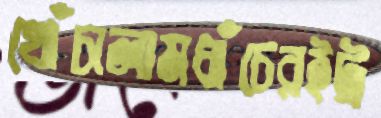
খোঁচালামধাঁচেরইট্র